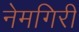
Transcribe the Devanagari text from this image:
नेमगिरी